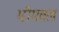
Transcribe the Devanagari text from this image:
भीमवल